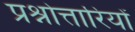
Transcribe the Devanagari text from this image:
प्रश्नोत्तारियों